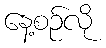
နေ့စဉ်လို